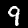
Digit: 9